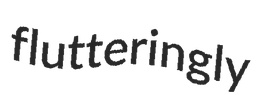
flutteringly